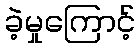
ခဲ့မှုကြောင့်